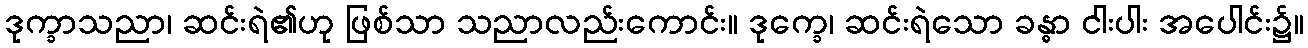
ဒုက္ခာသညာ၊ ဆင်းရဲ၏ဟု ဖြစ်သာ သညာလည်းကောင်း။ ဒုက္ခေ၊ ဆင်းရဲသော ခန္ဓာ ငါးပါး အပေါင်း၌။